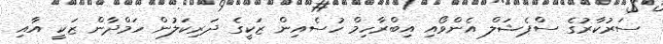
ސަރުކާރުގެ ސްޕެޝަލް އެންވޯއި އިބްރާހިމް ހުސެއިން ޒަކީގެ ދަރިކަލުން ހަމްދާން ޒަކީ އާއި